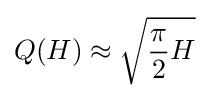
Q(H)\approx {\sqrt {{\frac {\pi }{2}}H}}